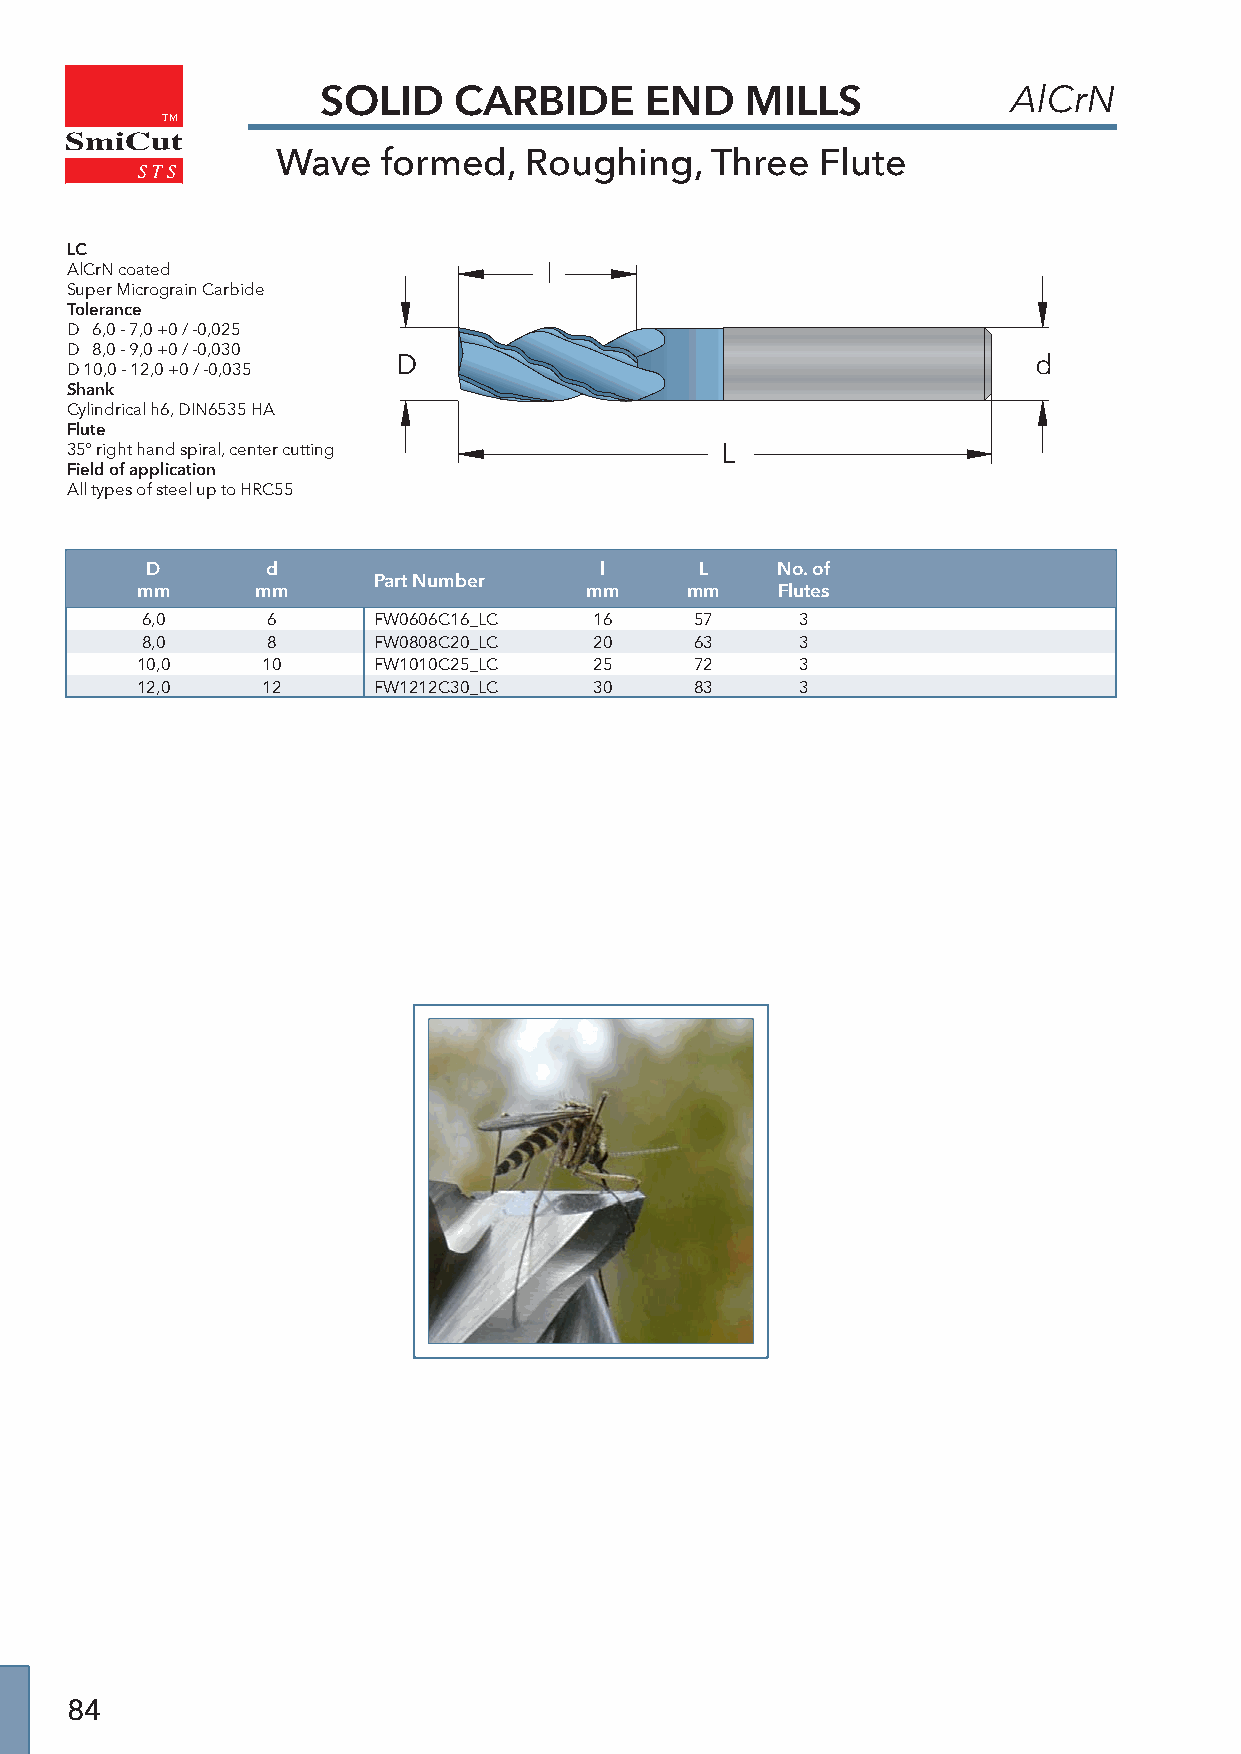
SOLID    CARBIDE      END   MILLS             AlCrN
 TM
 SmiCut
 Wave   formed,   Roughing,   Three  Flute
 LC
 AlCrN coated                    l
 Super Micrograin Carbide
 Tolerance
 D 6,0 - 7,0 +0 / -0,025
 D 8,0 - 9,0 +0 / -0,030
 D                                          d
 D 10,0 - 12,0 +0 / -0,035
 Shank
 Cylindrical h6, DIN6535 HA
 Flute
 35° right hand spiral, center cutting       L
 Field of application
 All types of steel up to HRC55
 D       d                     l     L    No. of
 Part Number
 mm      mm                    mm    mm    Flutes
 6,0      6      FW0606C16_LC  16     57     3
 8,0      8      FW0808C20_LC  20     63     3
 10,0    10      FW1010C25_LC  25     72     3
 12,0    12      FW1212C30_LC  30     83     3
 84